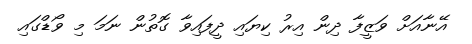
އޭނާއަށް ވަޒީފާ ދިން އިރު ކިޔައި ދީފައިވާ ގޮތުން ނަމަ މި ވޯޑްގައި